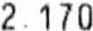
2.170